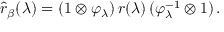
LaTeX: \widehat { r } _ { \beta } ( \lambda ) = ( 1 \otimes \varphi _ { \lambda } ) \, r ( \lambda ) \, ( \varphi _ { \lambda } ^ { - 1 } \otimes 1 ) \, .